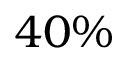
4 0 \%